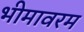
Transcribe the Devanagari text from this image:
भीमावरम